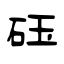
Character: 砡